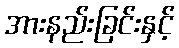
အားနည်းခြင်းနှင့်